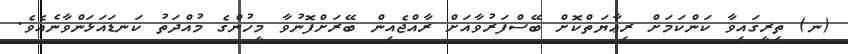
(ނ) ތިރީގައިވާ ކަންކަމަށް ރިޢާޔަތްކޮށް ބޭސްފަރުވާއަށް ރާއްޖެއިން ބޭރަށްފޮނުވާ މީހުންގެ މުއްދަތު ކަނޑައަޅަންވާނެއެވެ.